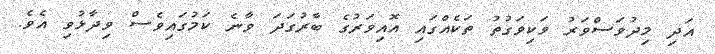
އަދި މިދުވަސްވަރު ވަކިވަގުތު ތަކެއްގައި އޮއިވަރުގެ ބާރުގަދަ ވާނެ ކަމުގައިވެސް ވިދާޅުވި އެވެ.